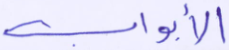
الأبواب